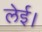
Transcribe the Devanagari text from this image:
लेई।